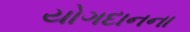
યોગદાનના